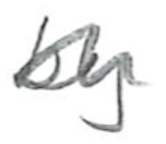
Text: by
Cross-out: wave
Writing tool: pencil